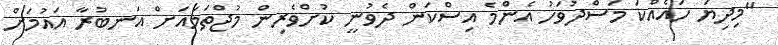
"މިދިޔަ ހައެއްކަ މަސްދުވަހު އެންމެ އިސްކަން ދެވުނީ ކުށްވެރިން މުޖްތަމައަށް އަނބުރާ އައުމަށް